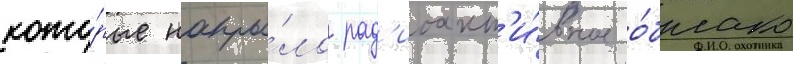
кото́рые накры́ло рад'иоакт'и́вное о́блако